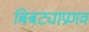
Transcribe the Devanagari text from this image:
बिबट्याप्रणव